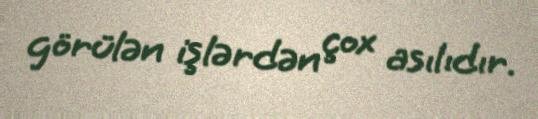
görülən işlərdən çox asılıdır.